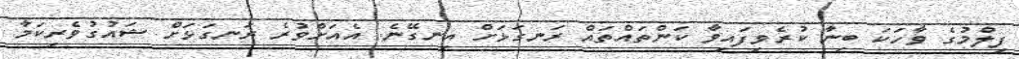
ފިލްމުގެ ވާހަކަ ބިނާ ކުރެވިފައިވާ ކަންތައްތައް ރަނގަޅަށް އިނގޭނެ. އެއަށްވުރެ ރަނގަޅަށް ޝައުގުވެރިކަމާ